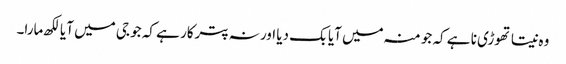
وہ نیتا تھوڑی نا ہے کہ جو منہ میں آیا بک دیا اور نہ پترکار ہے کہ جو جی میں آیا لکھ مارا۔